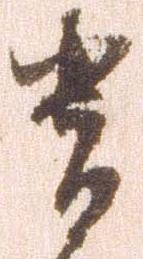
貴